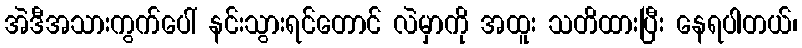
အဲဒီအသားကွက်ပေါ် နင်းသွားရင်တောင် လဲမှာကို အထူး သတိထားပြီး နေရပါတယ်၊